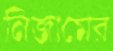
নিজামের